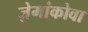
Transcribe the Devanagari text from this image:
ज़ेमांकोवा